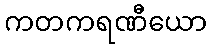
ကတကရဏီယော